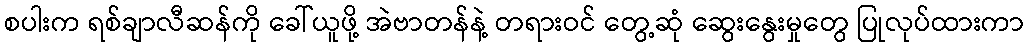
စပါးက ရစ်ချာလီဆန်ကို ခေါ်ယူဖို့ အဲဗာတန်နဲ့ တရားဝင် တွေ့ဆုံ ဆွေးနွေးမှုတွေ ပြုလုပ်ထားကာ